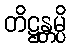
တိဋ္ဌန္တမ္ပိ